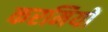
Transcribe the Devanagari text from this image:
करमियों